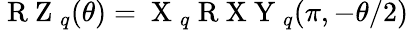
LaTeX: \begin{array}{r}{\mathrm{~R~Z~}_{q}(\theta)=\mathrm{~X~}_{q}\mathrm{~R~X~Y~}_{q}(\pi,-\theta/2)}\end{array}